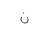
Letter: _non